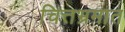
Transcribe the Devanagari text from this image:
चित्तभ्रमात